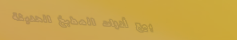
بيع أدوات المطبخ الحديثة